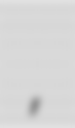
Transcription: Николаевич Лёгкий,